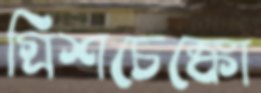
গ্রিশচেঙ্কো